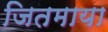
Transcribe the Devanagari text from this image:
जितमाया